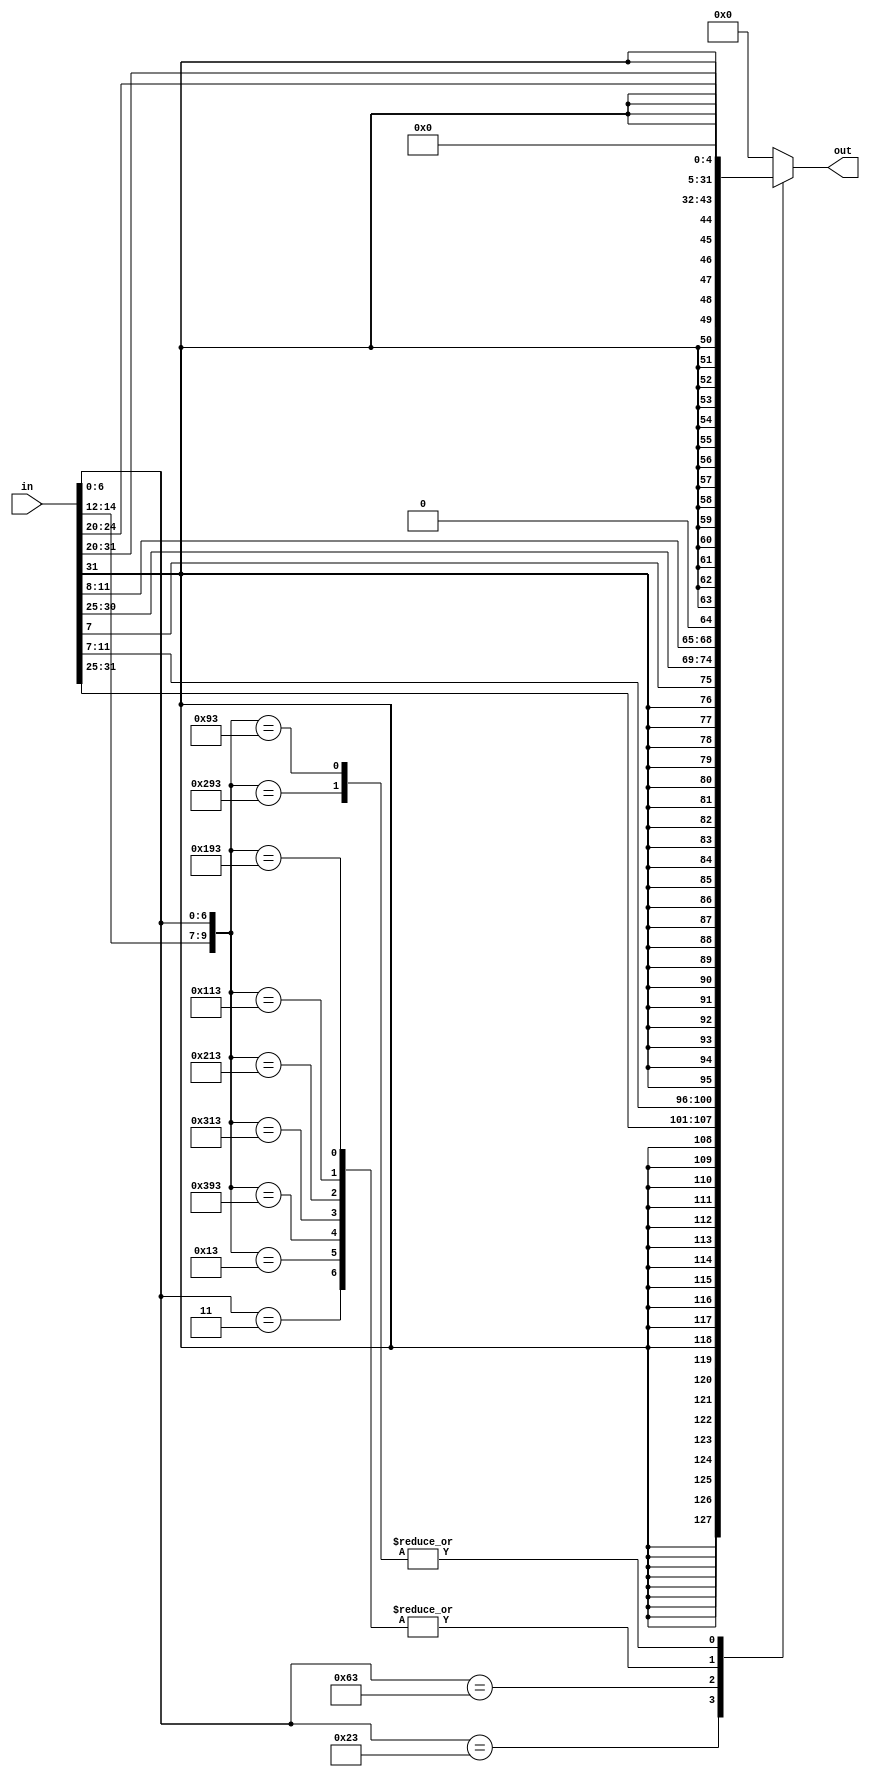
`timescale 1ns / 1ps

module imm_gen #(
    parameter WIDTH = 32,
    parameter LEN_OPCODE = 7)
(
    input      [WIDTH-1:0] in,
    output reg [WIDTH-1:0] out
);

    ////////////////////////////////////////////////////////////////////////
    //                      Instruction Formats                           //
    // ------------------------------------------------------------------ //
    //                           //R-type//                               //
    //  31        25 24     20 19     15 14  12 11      7 6           0   //
    //  +------------+---------+---------+------+---------+-------------+ //
    //  | funct7     | rs2     | rs1     |funct3| rd      | opcode      | //
    //  +------------+---------+---------+------+---------+-------------+ //
    //                           //I-type//                               //
    //  31                  20 19     15 14  12 11      7 6           0   //
    //  +----------------------+---------+------+---------+-------------+ //
    //  | imm                  | rs1     |funct3| rd      | opcode      | //
    //  +----------------------+---------+------+---------+-------------+ //
    //                           //S-type//                               //
    //  31        25 24     20 19     15 14  12 11      7 6           0   //
    //  +------------+---------+---------+------+---------+-------------+ //
    //  | imm        | rs2     | rs1     |funct3| imm     | opcode      | //
    //  +------------+---------+---------+------+---------+-------------+ //
    //                           //U-type//                               //
    //  31                                      11      7 6           0   //
    //  +---------------------------------------+---------+-------------+ //
    //  | imm                                   | rd      | opcode      | //
    //  +---------------------------------------+---------+-------------+ //
    //                  Immediate Instruction Formats                     //
    // ------------------------------------------------------------------ //
    //                         //I-immediate//                            //
    //  31                                        10        5 4     1  0  //
    // +-----------------------------------------+-----------+-------+--+ //
    // |                                  <-- 31 | 30:25     | 24:21 |20| //
    // +-----------------------------------------+-----------+-------+--+ //
    //                           //S-immediate//                          //
    //  31                                        10        5 4     1  0  //
    // +-----------------------------------------+-----------+-------+--+ //
    // |                                  <-- 31 | 30:25     | 11:8  |7 | //
    // +-----------------------------------------+-----------+-------+--+ //
    //                           //B-immediate//                          //
    //  31                                  12 11 10        5 4     1  0  //
    // +--------------------------------------+--+-----------+-------+--+ //
    // |                               <-- 31 |7 | 30:25     | 11:8  |z | //
    // +--------------------------------------+--+-----------+-------+--+ //
    //                          //U-immediate//                           //
    //  31 30               20 19           12 11                      0  //
    // +--+-------------------+---------------+-------------------------+ //
    // |31| 30:20             | 19:12         |                   <-- z | //
    // +--+-------------------+---------------+-------------------------+ //
    ////////////////////////////////////////////////////////////////////////
    
    always @(*) begin
        casez({in[14:12], in[LEN_OPCODE-1:0]})
            // Load instructions
            10'b???0000011: out <= {{20{in[31]}}, in[31:20]};
            // Store instructions
            10'b???0100011: out <= {{20{in[31]}}, in[31:25], in[11:7]};
            // Branch instructions
            10'b???1100011: out <= {{20{in[31]}}, in[7], in[30:25], in[11:8], 1'b0};

            // Immediate arithmetic instructions
            10'b0000010011: out <= {{20{in[31]}}, in[31:20]}; // addi
            10'b1110010011: out <= {{20{in[31]}}, in[31:20]}; // andi
            10'b1100010011: out <= {{20{in[31]}}, in[31:20]}; // ori
            10'b1000010011: out <= {{20{in[31]}}, in[31:20]}; // xori
            10'b0100010011: out <= {{20{in[31]}}, in[31:20]}; // slti
            10'b0110010011: out <= {{20{in[31]}}, in[31:20]}; // sltiu

            // Shift right and left instructions (shift amount is in bits [24:20])
            10'b1010010011: out <= {27'b0, in[24:20]};        // srli, srai
            10'b0010010011: out <= {27'b0, in[24:20]};        // slli

            // Default case to handle unmatched patterns
            default: out <= 32'b0;
        endcase
    end

endmodule